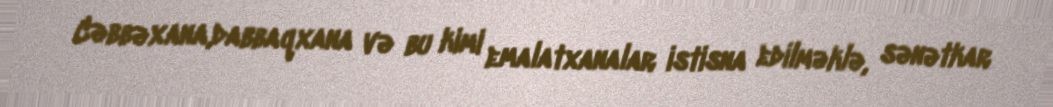
Cəbbəxana,dabbaqxana və bu kimi emalatxanalar istisna edilməklə, sənətkar